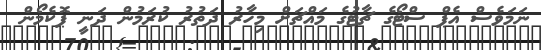
ނަމަވެސް އެޕް ސްޓޯގެ ޗާޓުގެ މައްޗަށް މިހާރު ދަތުރު ކުރަމުން ދަނީ ޕޮކެމޯން